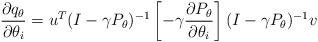
LaTeX: \begin{align*} \frac{\partial q_{\theta}}{\partial \theta_i} = u^T (I-\gamma P_{\theta})^{-1} \left[ -\gamma \frac{\partial P_{\theta}}{\partial \theta_i} \right] (I - \gamma P_{\theta})^{-1} v\end{align*}